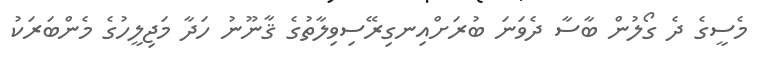
މެސީގެ ދެ ގޯލުން ބާސާ ދެވަނަ ބުރަށްއިނގިރޭސިވިލާތުގެ ޤާނޫނު ހަދާ މަޖިލީހުގެ މެންބަރަކު